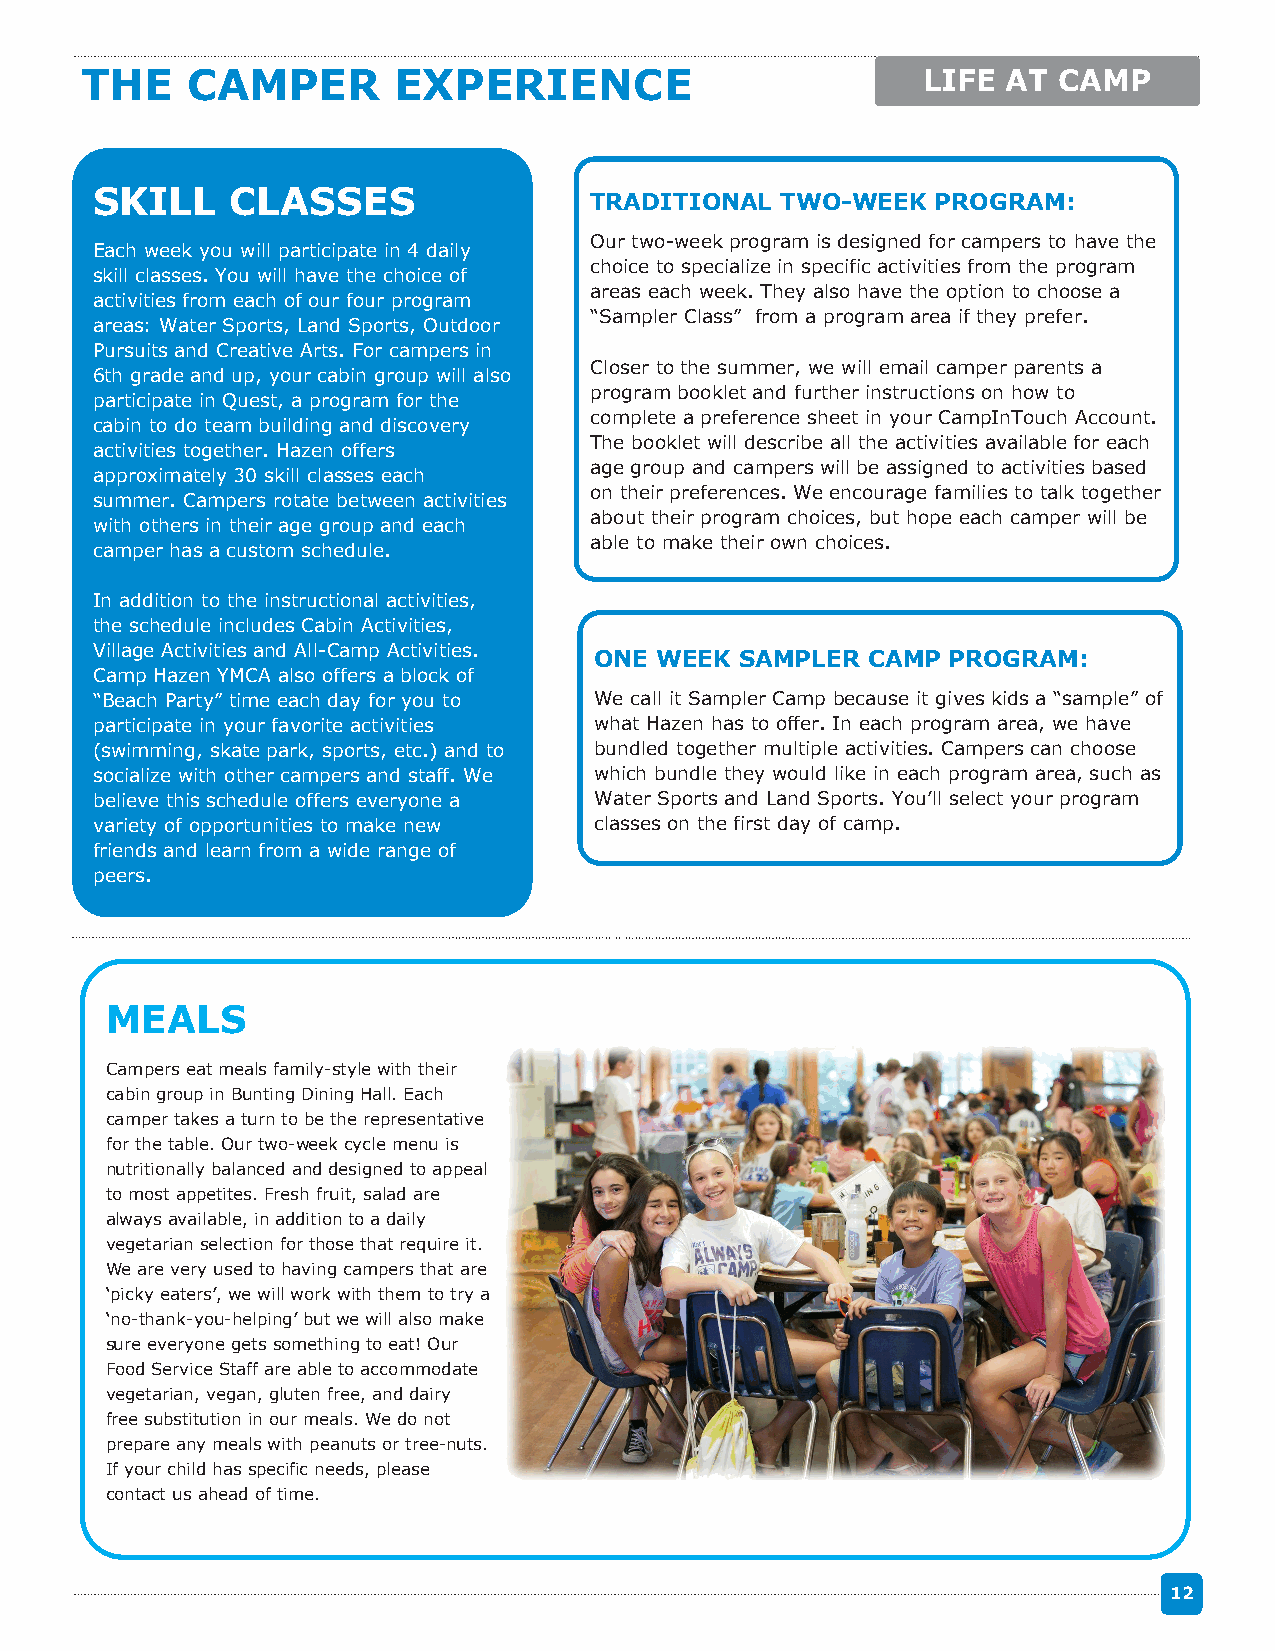
THE    CAMPER        EXPERIENCE                         LIFE  AT CAMP
 SKILL    CLASSES                 TRADITIONAL  TWO-WEEK  PROGRAM:
 Our two-week program is designed for campers to have the
 Each week you will participate in 4 daily
 choice to specialize in specific activities from the program
 skill classes. You will have the choice of
 areas each week. They also have the option to choose a
 activities from each of our four program
 “Sampler Class” from a program area if they prefer.
 areas: Water Sports, Land Sports, Outdoor
 Pursuits and Creative Arts. For campers in
 Closer to the summer, we will email camper parents a
 6th grade and up, your cabin group will also
 program booklet and further instructions on how to
 participate in Quest, a program for the
 complete a preference sheet in your CampInTouch Account.
 cabin to do team building and discovery
 The booklet will describe all the activities available for each
 activities together. Hazen offers
 age group and campers will be assigned to activities based
 approximately 30 skill classes each
 on their preferences. We encourage families to talk together
 summer. Campers rotate between activities
 about their program choices, but hope each camper will be
 with others in their age group and each
 able to make their own choices.
 camper has a custom schedule.
 In addition to the instructional activities,
 the schedule includes Cabin Activities,
 Village Activities and All-Camp Activities. ONE WEEK SAMPLER CAMP PROGRAM:
 Camp Hazen YMCA also offers a block of
 “Beach Party” time each day for you to We call it Sampler Camp because it gives kids a “sample” of
 participate in your favorite activities what Hazen has to offer. In each program area, we have
 (swimming, skate park, sports, etc.) and to bundled together multiple activities. Campers can choose
 socialize with other campers and staff. We which bundle they would like in each program area, such as
 believe this schedule offers everyone a Water Sports and Land Sports. You’ll select your program
 variety of opportunities to make new classes on the first day of camp.
 friends and learn from a wide range of
 peers.
 MEALS
 Campers eat meals family-style with their
 cabin group in Bunting Dining Hall. Each
 camper takes a turn to be the representative
 for the table. Our two-week cycle menu is
 nutritionally balanced and designed to appeal
 to most appetites. Fresh fruit, salad are
 always available, in addition to a daily
 vegetarian selection for those that require it.
 We are very used to having campers that are
 ‘picky eaters’, we will work with them to try a
 ‘no-thank-you-helping’ but we will also make
 sure everyone gets something to eat! Our
 Food Service Staff are able to accommodate
 vegetarian, vegan, gluten free, and dairy
 free substitution in our meals. We do not
 prepare any meals with peanuts or tree-nuts.
 If your child has specific needs, please
 contact us ahead of time.
 12